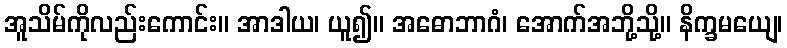
အူသိမ်ကိုလည်းကောင်း။ အာဒါယ၊ ယူ၍။ အဓောဘာဂံ၊ အောက်အဘို့သို့။ နိက္ခမယျေ၊